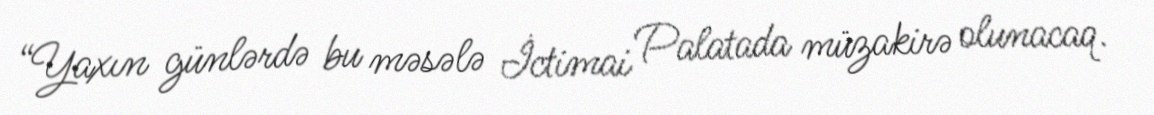
“Yaxın günlərdə bu məsələ İctimai Palatada müzakirə olunacaq.